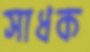
সাধক